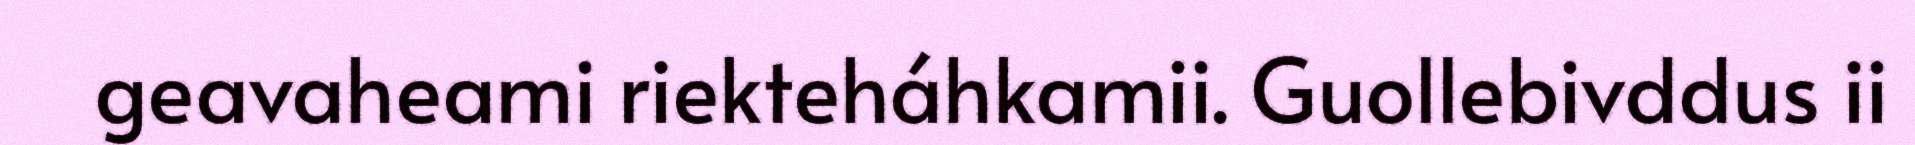
geavaheami riekteháhkamii. Guollebivddus ii